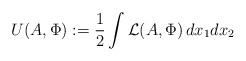
\begin{align*}U(A,\Phi):=\frac{1}{2}\int\mathcal{L}(A,\Phi)\,dx_1dx_2\end{align*}